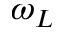
\omega _ { L }